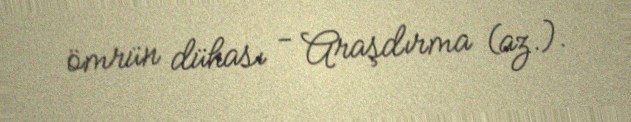
ömrün dühası - Araşdırma (az.).